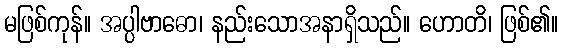
မဖြစ်ကုန်။ အပ္ပါဗာဓော၊ နည်းသောအနာရှိသည်။ ဟောတိ၊ ဖြစ်၏။